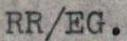
RR/EG.